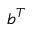
b ^ { T }